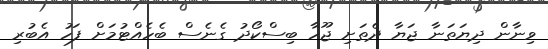
ވިނާން ދިޔަތަނާ ޖަޔާ ދެތަށި ޖޫހާ ބިސްކޯދު ގެނެސް ބެހެއްޓުމަށް ފަހު އެބުރި